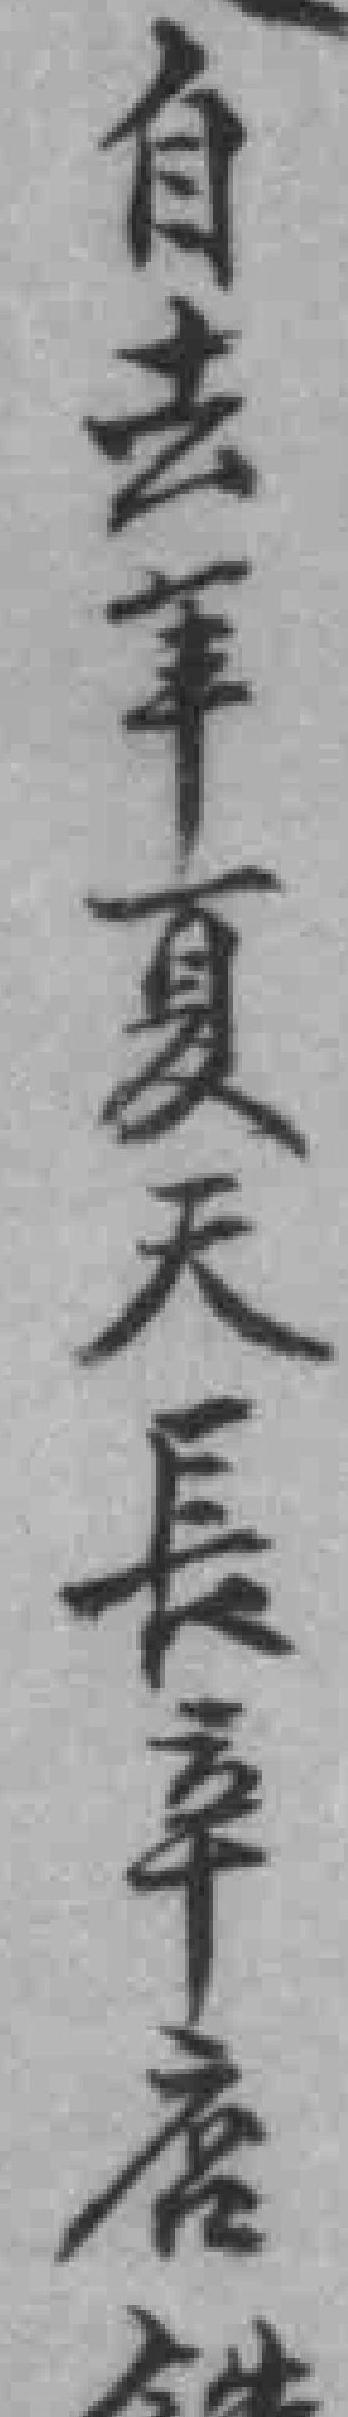
自去年夏天長辛店